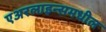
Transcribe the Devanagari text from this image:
एअरलाइन्समधील